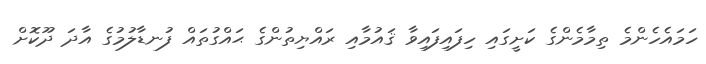
ހަމައެހެންމެ ތިމާމެންގެ ކަށީގައި ހިފައިފައިވާ ޤައުމާއި ރައްޔިތުންގެ ޙައްގުތައް ފުނޑާލުމުގެ އާދަ ދޫކޮށް